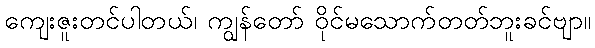
ကျေးဇူးတင်ပါတယ်၊ ကျွန်တော် ဝိုင်မသောက်တတ်ဘူးခင်ဗျာ။